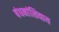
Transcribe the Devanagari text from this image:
बंधनांशिवाय